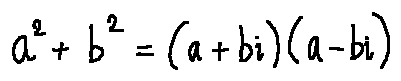
a ^ { 2 } + b ^ { 2 } = ( a + b i ) ( a - b i )